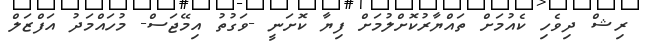
ރިޝް ދިވެހި ކެއުމަށް ތައްޔާރުކޮށްލުމަށް ފިޔާ ކޮށަނީ -ވަގުތު އިމޭޖަސް- މުހައްމަދު އަފްޒަލް